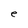
Character: e